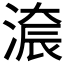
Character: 𣺚